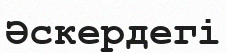
Әскердегі